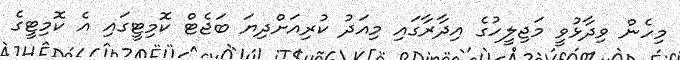
މިހެން ވިދާޅުވީ މަޖިލީހުގެ އިދާރާގައި މިއަދު ކުރިއަށްދިޔަ ބަޖެޓް ކޮމިޓީގައި އެ ކޮމިޓީގެ